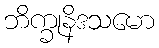
ဘိက္ခုနိဒသမော